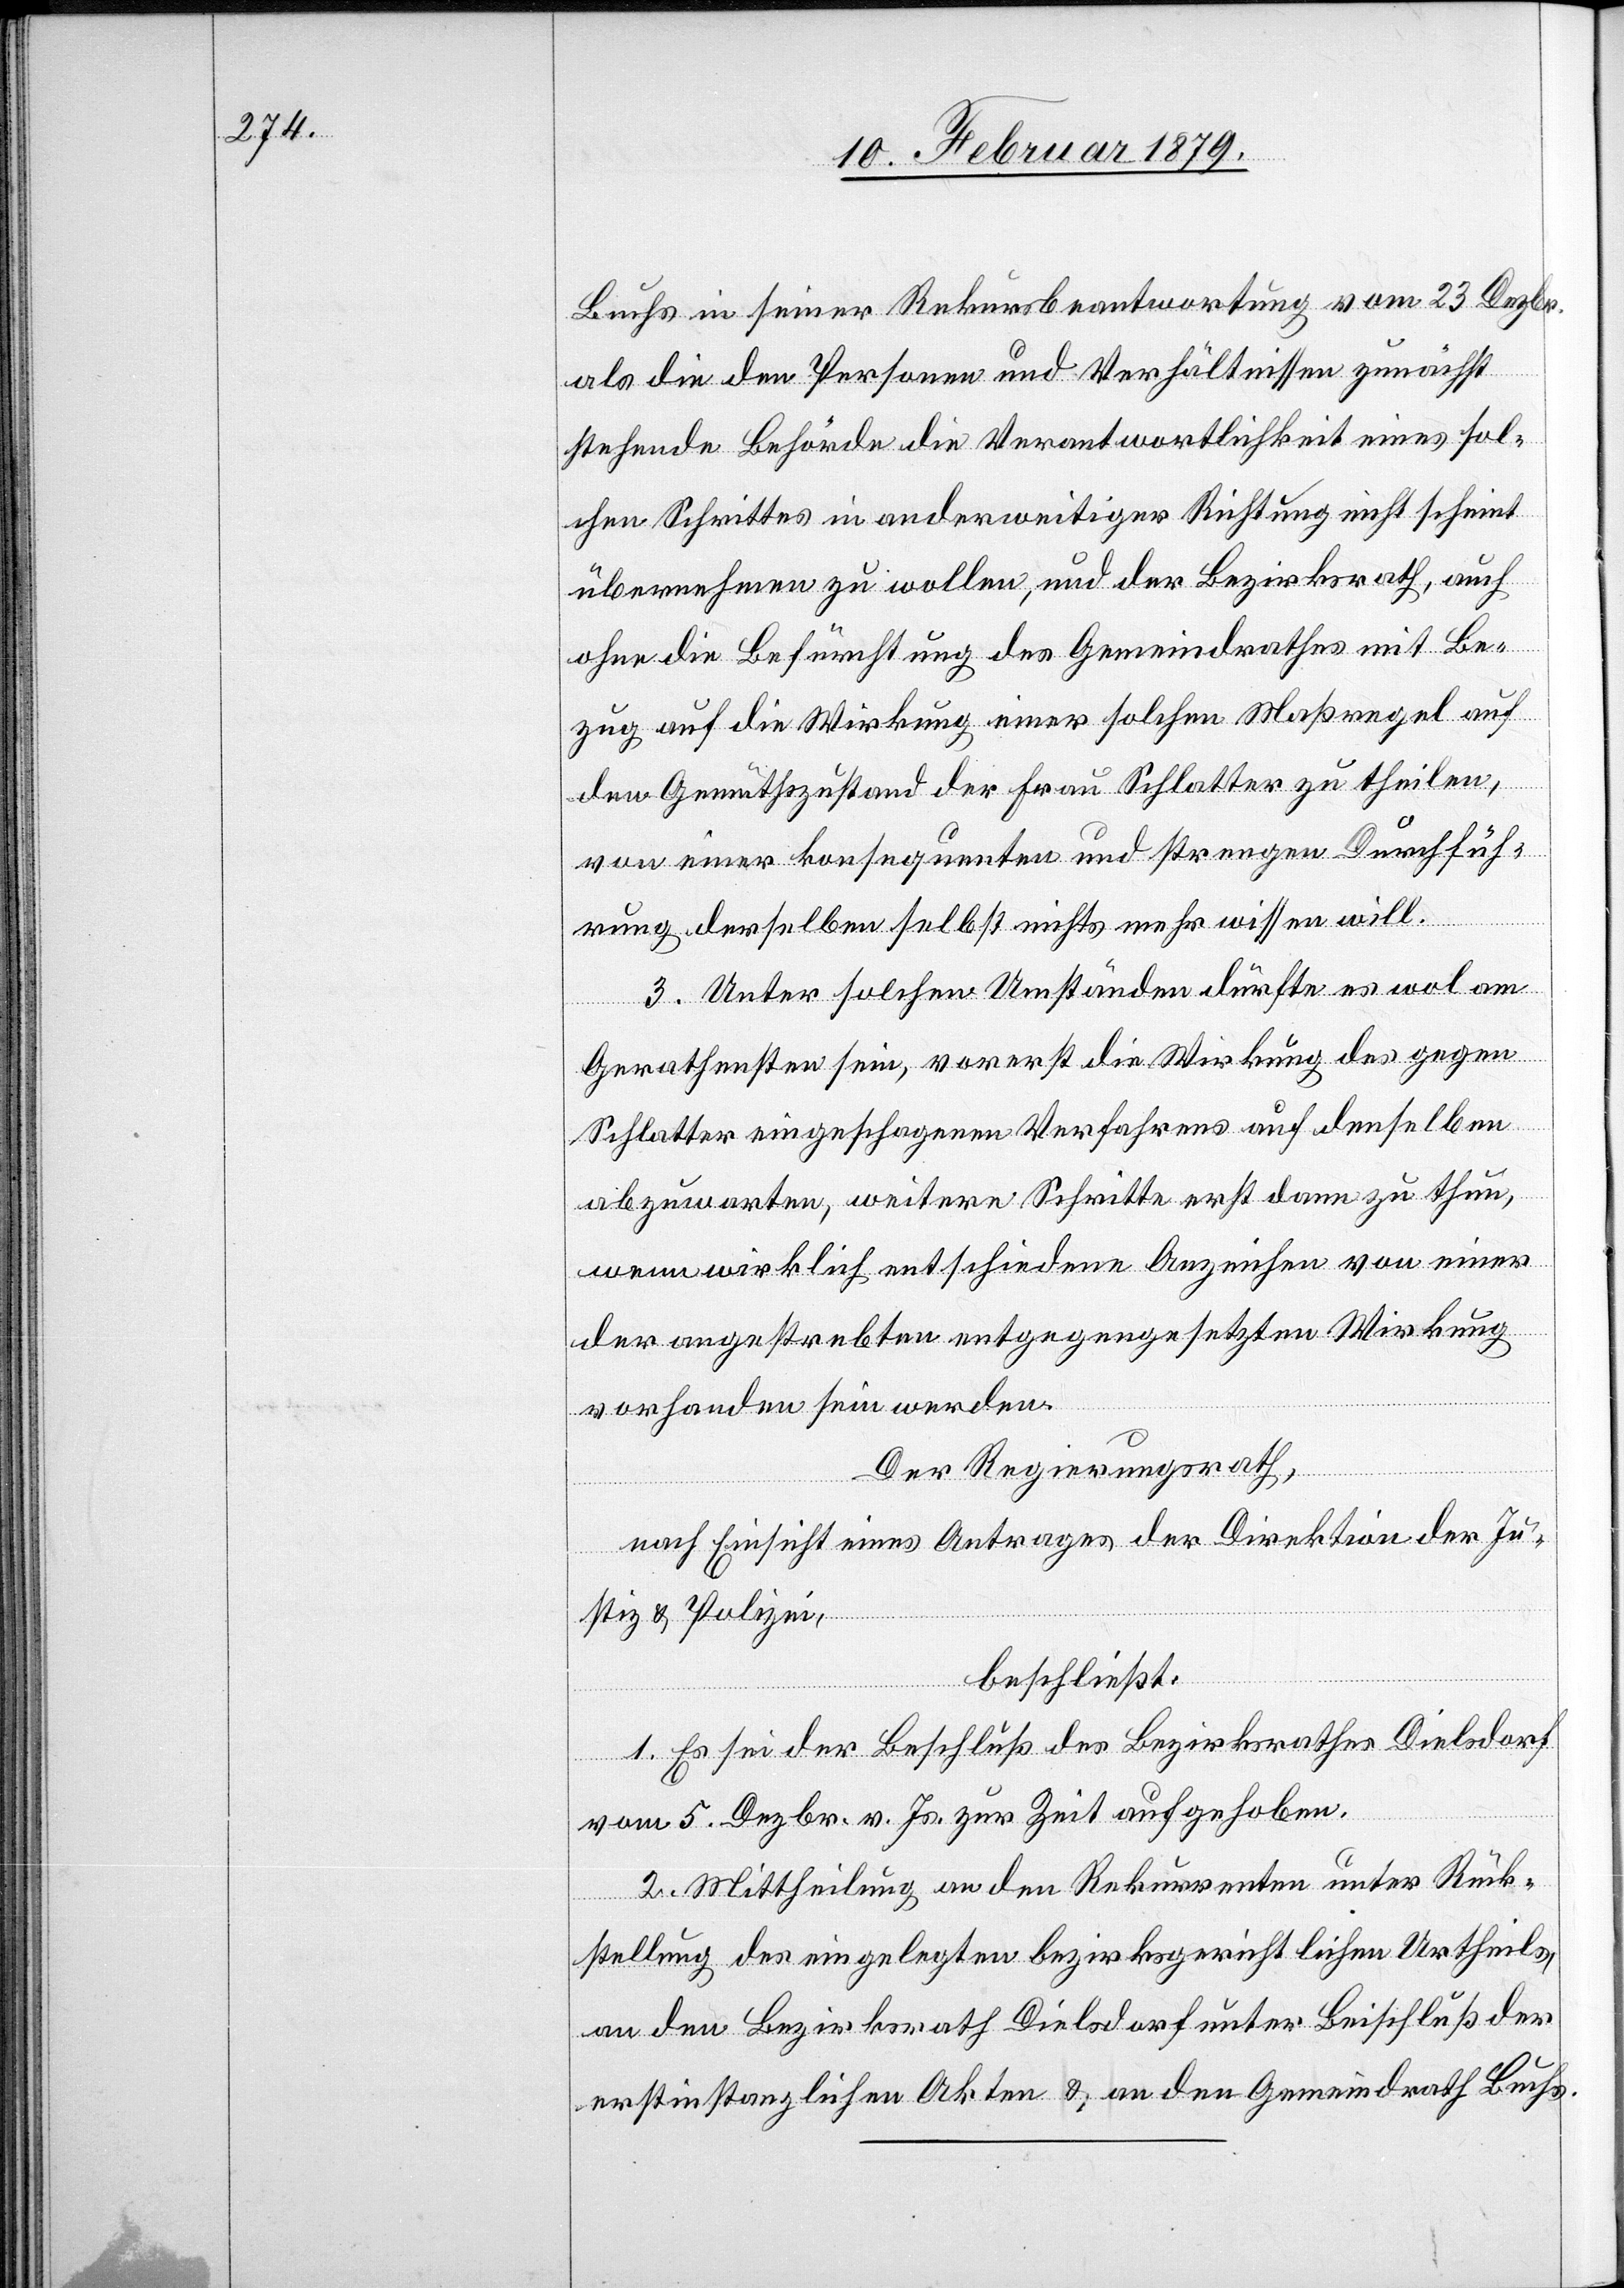
Buchs in seiner Rekursbeantwortung vom 23. Dezbr.
als die den Personen und Verhältnissen zunächst
stehende Behörde die Verantwortlichkeit eines sol¬
chen Schrittes in anderweitiger Richtung nicht scheint
übernehmen zu wollen, und der Bezirksrath, auch
ohne die Befürchtung des Gemeindrathes in Be¬
zug auf die Wirkung einer solchen Maßregel auf
den Gemütszustand der Frau Schlatter zu theilen,
von einer konsequenten und strengen Durchfüh¬
rung derselben selbst nichts mehr wissen will.
3. Unter solchen Umständen dürfte es wol am
Gerechtesten sein, vorerst die Wirkung des gegen
Schlatter eingeschlagenen Verfahrens auf denselben
abzuwarten, weitere Schritte erst dann zu thun,
wenn wirklich entschiedene Anzeichen von einer
der angestrebten entgegengesetzten Wirkung
vorhanden sein werden.
Der Regierungsrath,
nach Einsicht eines Antrages der Direktion der Ju¬
stiz & Polizei,
beschließt:
1. Es sei der Beschluß des Bezirksrathes Dielsdorf
vom 5. Dezbr. v. Js. zur Zeit aufgehoben.
2. Mittheilung an den Rekurrenten unter Rück¬
stellung des eingelegten bezirksgerichtlichen Urtheils,
an den Bezirksrath Dielsdorf unter Beischluß der
erstinstanzlichen Akten & an den Gemeindrath Buchs.